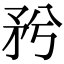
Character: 𥍠